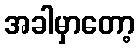
အခါမှာတော့